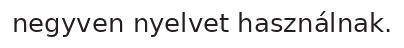
negyven nyelvet használnak.